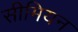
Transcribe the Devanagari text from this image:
सीमियन